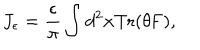
J _ { \epsilon } = \frac { \epsilon } { \pi } \int d ^ { 2 } x \mathrm { T r ( \ t h e t a F ) } ,